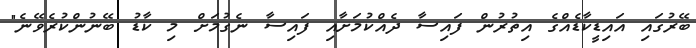
ބޭރުގައި އައިޑީކާޑެއްގެ އިތުރުން ފައިސާ ދެއްކުމަށާއި ފައިސާ ނެގުމަށް މި ކާޑު ބޭނުންކުރެވޭނެ"